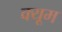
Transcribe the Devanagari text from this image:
क्यूम